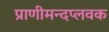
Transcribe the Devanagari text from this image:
प्राणीमन्दप्लवक